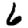
Digit: 6